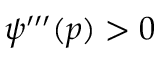
\psi ^ { \prime \prime \prime } ( p ) > 0